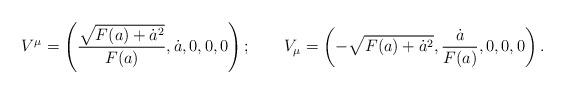
LaTeX: \begin{align*}V^\mu = \left({\sqrt{F(a)+\dot a^2}\over F(a)},\dot a, 0,0,0\right); \qquad V_\mu =\left(-\sqrt{F(a)+\dot a^2},{\dot a\over F(a)},0,0,0\right).\end{align*}